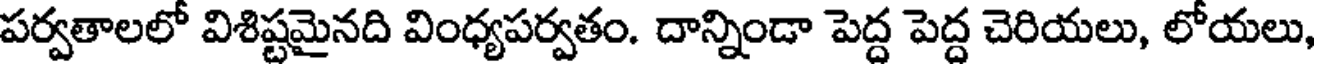
పర్వతాలలో విశిష్టమైనది వింధ్యపర్వతం. దాన్నిండా పెద్ద పెద్ద చెరియలు, లోయలు,